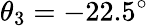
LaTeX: \theta_{3}=-22.5^{\circ}